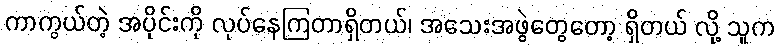
ကာကွယ်တဲ့ အပိုင်းကို လုပ်နေကြတာရှိတယ်၊ အသေးအဖွဲတွေတော့ ရှိတယ် လို့ သူက